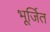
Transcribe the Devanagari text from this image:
भूर्जित